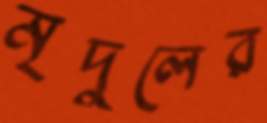
মৃদুলের